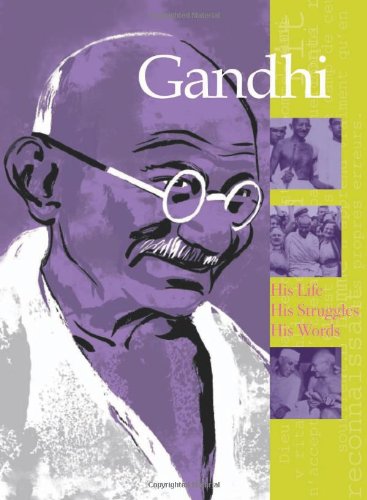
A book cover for Gandhi: His Life, His Struggles, His Words (Great Spiritual Figures of Modern Times); Elisabeth de Lambilly; Children's Books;